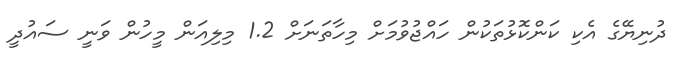
ދުނިޔޭގެ އެކި ކަންކޮޅުތަކުން ހައްޖުވުމަށް މިހާތަނަށް 1.2 މިލިއަން މީހުން ވަނީ ސައުދީ